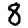
Digit: 8